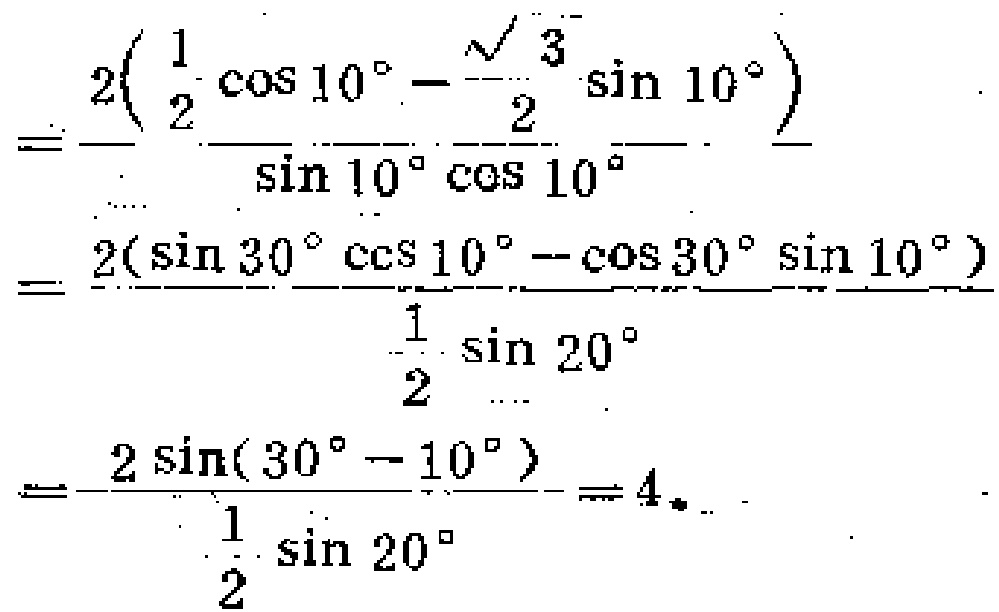
\[
\begin{align*}
&=\frac{2\left(\frac{1}{2}\cos10^{\circ}-\frac{\sqrt{3}}{2}\sin10^{\circ}\right)}{\sin10^{\circ}\cos10^{\circ}}\\
&=\frac{2\left(\sin30^{\circ}\cos10^{\circ}-\cos30^{\circ}\sin10^{\circ}\right)}{\frac{1}{2}\sin20^{\circ}}\\
&=\frac{2\sin(30^{\circ}-10^{\circ})}{\frac{1}{2}\sin20^{\circ}} = 4
\end{align*}
\]